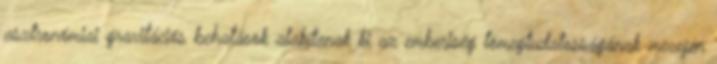
asztronómiai gravitációs behatások alakítanak ki az emberiség tömegtudatosságának mezején